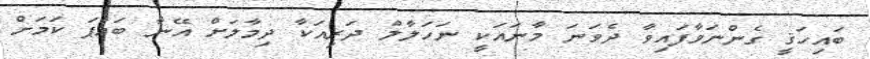
ބައިހަޤީ ގެންނަވާފައިވާ ދެވަނަ މާނައަކީ ނަހަލާލް ދަރިއަކާ ދިމާލަށް އޭނާ ބައްޕަ ކަމަށް